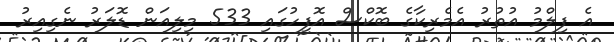
އެ ފިލްމު އުތުރު އެމެރިކާގެ ބޮކްސް އޮފީހުގައި 533 މިލިއަން ޑޮލަރު ނެގިއިރު